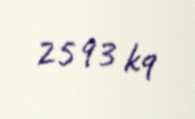
2593 kq